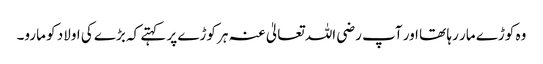
وہ کوڑے مار رہا تھا اور آپ رضی اللہ تعالیٰ عنہ ہر کوڑے پر کہتے کہ بڑے کی اولاد کو مارو۔